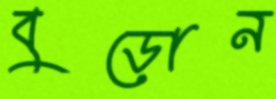
বুড়োন